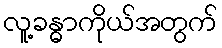
လူ့ခန္ဓာကိုယ်အတွက်